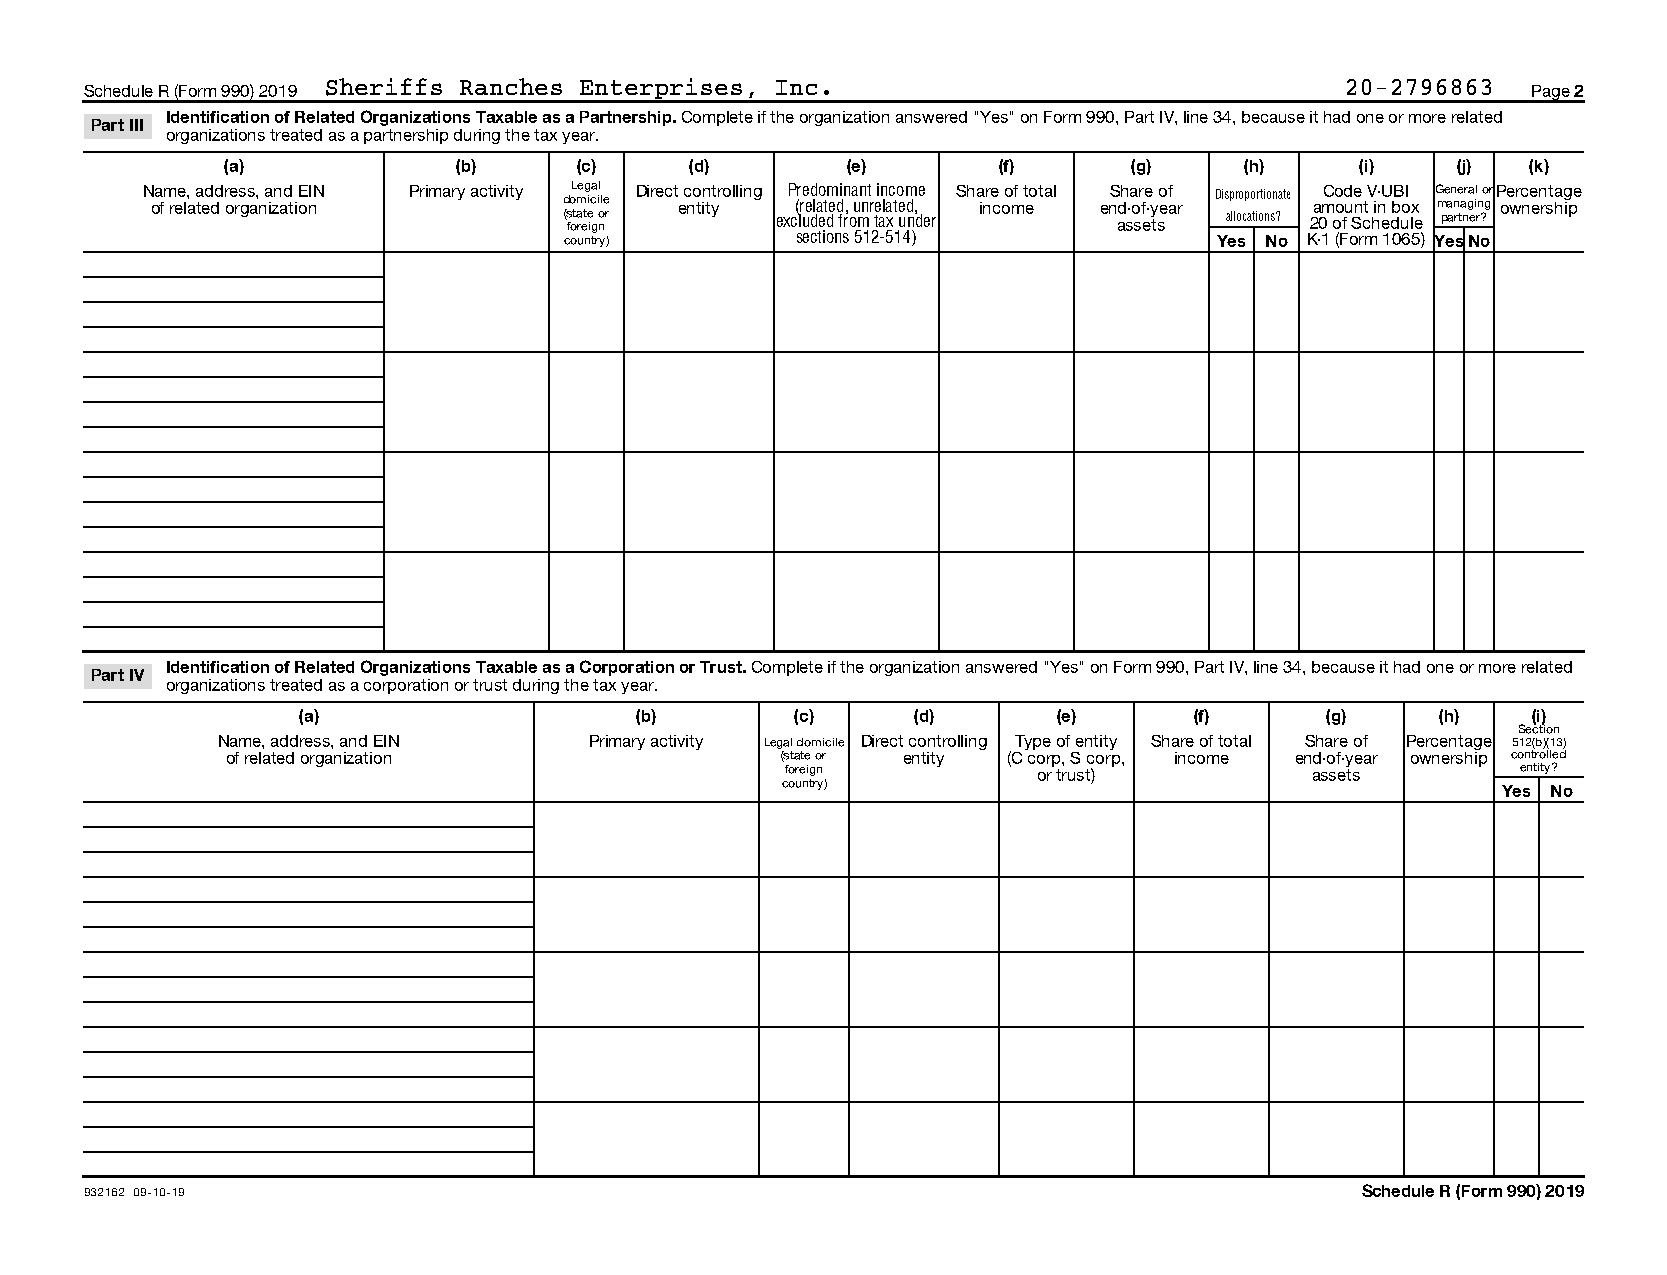
Schedule R (Form 990) 2019 Sheriffs Ranches Enterprises, Inc.                      20-2796863  Page 2
 Identification of Related Organizations Taxable as a Partnership. Complete if the organization answered "Yes" on Form 990, Part IV, line 34, because it had one or more related
 Part III
 organizations treated as a partnership during the tax year.
 (a)            (b)     (c)     (d)       (e)       (f)      (g)    (h)     (i)   (j)  (k)
 N oa fm ree l, a a ted dd r oe rs gs a, n a izn ad t iE onIN Primary activity doL meg ica il le Direct e c no tin tytrolling P (r re ed lao tm edin , a un nt r ein lac to em d,e Sha inre c oo mf t eotal enS dh -a or fe -y o ef ar Disproportionate amCo od ue n tV in-U bB oI x G me an ne ar ga il n o grP oe wrc ne en rsta hg ipe
 (s fota rete ig o nr excluded from tax under assets allocations? 20 of Schedule partner?
 country)        sections 512-514)           Yes No K-1 (Form 1065) YesNo
 Identification of Related Organizations Taxable as a Corporation or Trust. Complete if the organization answered "Yes" on Form 990, Part IV, line 34, because it had one or more related
 Part IV
 organizations treated as a corporation or trust during the tax year.
 (a)                   (b)        (c)    (d)       (e)      (f)      (g)    (h)   (i)
 Section
 Name, address, and EIN   Primary activity Legal domicile Direct controlling Type of entity Share of total Share of Percentage 512(b)(13)
 of related organization              (state or entity (C corp, S corp, income end-of-year ownership controlled
 foreign          or trust)         assets        entity?
 country)                                       Yes No
 932162 09-10-19                                                                     Schedule R (Form 990) 2019